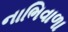
નાભિવાળા